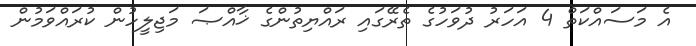
އެ މަސައްކަތް 4 އަހަރު ދުވަހުގެ ތެރޭގައި ރައްޔިތުންގެ ޚާއްޞަ މަޖިލީހުން ކުރައްވަމުން